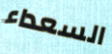
السعداء